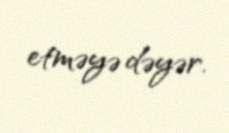
etməyə dəyər.